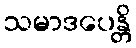
သမာဒပေန္တိ